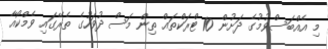
މި އެއްބަސްވުމުގެ ދަށުން 10 ޓްރަކްތައް ތިން މަސް ދުވަހުގެ ތެރޭގައި ވެމްކޯއާ